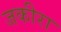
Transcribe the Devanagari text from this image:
जकीरा